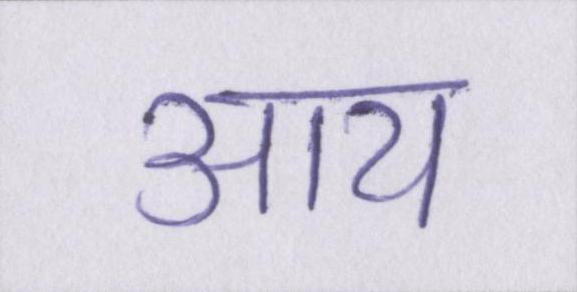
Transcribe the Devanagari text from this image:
आय